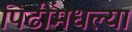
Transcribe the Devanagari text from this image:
पिढींमधल्या